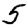
Digit: 5